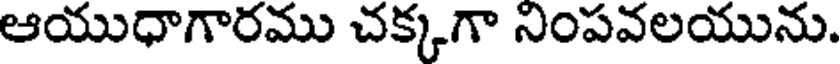
ఆయుధాగారము చక్కగా నింపవలయును.